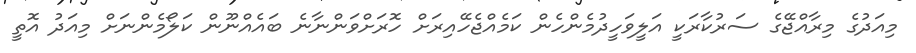
މިއަދުގެ މިރާއްޖޭގެ ސަރުކާރަކީ އަލީވަހީދުމެންހެން ކަމެއްޖެހޭއިރަށް ހޮރަށްވަންނާނެ ބައެއްނޫން ކަލޯމެންނަށް މިއަދު އޮތީ